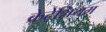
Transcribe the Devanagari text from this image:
क्रेटेशियम